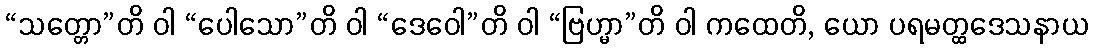
“သတ္တော”တိ ဝါ “ပေါသော”တိ ဝါ “ဒေဝေါ”တိ ဝါ “ဗြဟ္မာ”တိ ဝါ ကထေတိ, ယော ပရမတ္ထဒေသနာယ